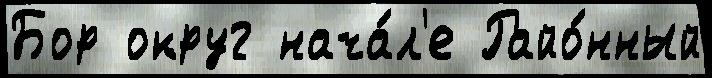
Бор округ нача́л'е Райо́нный